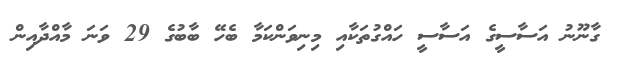
ގާނޫނު އަސާސީގެ އަސާސީ ހައްގުތަކާއި މިނިވަންކަމާ ބެހޭ ބާބުގެ 29 ވަނަ މާއްދާއިން